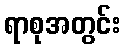
ရာစုအတွင်း